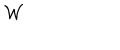
{ \cal W }